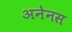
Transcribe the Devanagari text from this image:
अनेनस